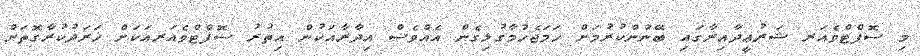
މި ސޮފްޓްވެއަރ ޝަރުޢީދާއިރާގައި ބޭނުންކުރުމަށް ހަމަޖެހުމާގުޅިގެން އެއްވެސް އިދާރާއަކުން އިތުރު ސޮފްޓްވެއަރއަކަށް ޚަރަދުކުރާގޮތަށް